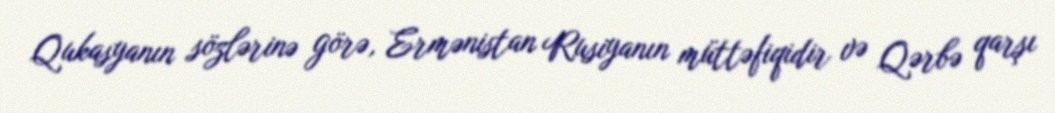
Qukasyanın sözlərinə görə, Ermənistan Rusiyanın müttəfiqidir və Qərbə qarşı